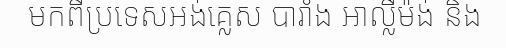
មកពីប្រទេសអង់គ្លេស បារាំង អាល្លឺម៉ង់ និង